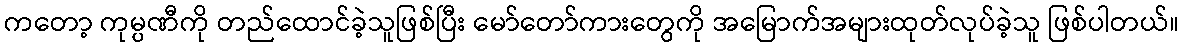
ကတော့ ကုမ္ပဏီကို တည်ထောင်ခဲ့သူဖြစ်ပြီး မော်တော်ကားတွေကို အမြောက်အများထုတ်လုပ်ခဲ့သူ ဖြစ်ပါတယ်။